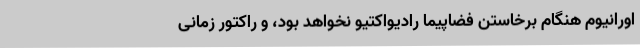
اورانیوم هنگام برخاستن فضاپیما رادیواکتیو نخواهد بود، و راکتور زمانی